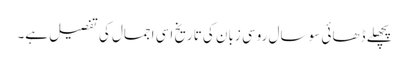
پچھلے ڈھائی سو سال روسی زبان کی تاریخ اسی اجمال کی تفصیل ہے۔